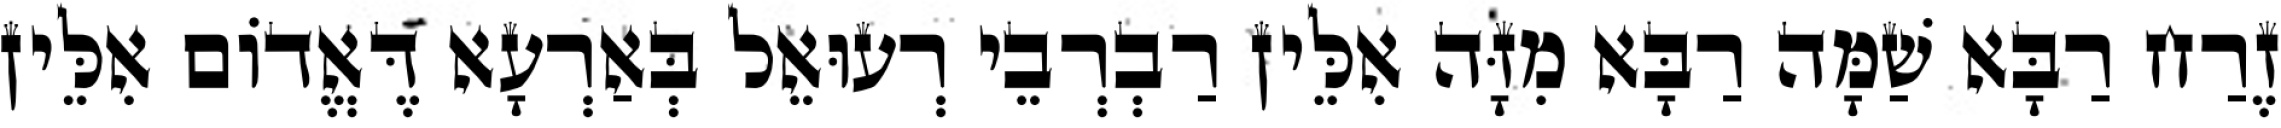
זֶרַח רַבָּא שַׁמָּה רַבָּא מִזָּה אִלֵּין רַבְרְבֵי רְעוּאֵל בְּאַרְעָא דֶּאֱדוֹם אִלֵּין